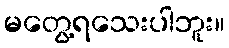
မတွေ့ရသေးပါဘူး။